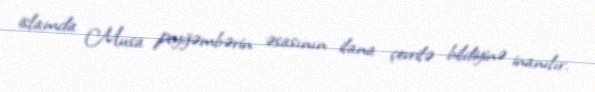
islamda Musa peyğəmbərin əsasının ilana çevrilə bildiyinə inanılır.